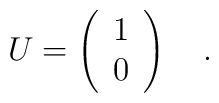
U=\left( \begin{array}{c}1\\0\end{array}\right)\quad.